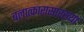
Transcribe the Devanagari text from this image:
बलात्कारासारख्या